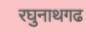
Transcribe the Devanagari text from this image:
रघुनाथगढ